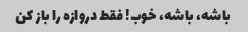
باشه، باشه، خوب! فقط دروازه را باز کن